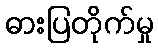
ဓားပြတိုက်မှု